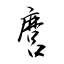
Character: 麿